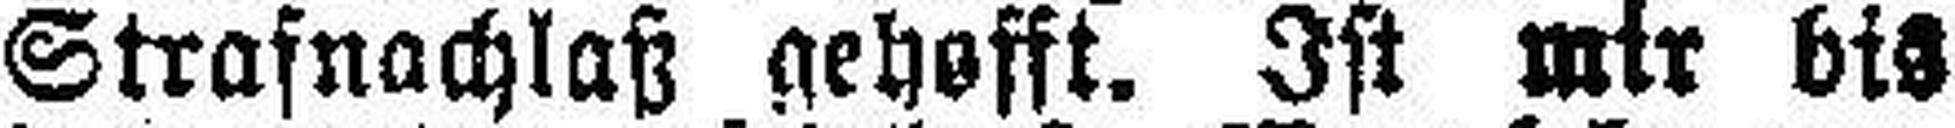
Strafnachlaß gehofft. Ist mir bis